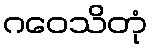
ဂဝေသိတုံ